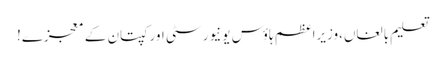
تعلیم بالغاں،وزیراعظم ہاؤس یونیورسٹی اور کپتان کے معجزے!